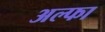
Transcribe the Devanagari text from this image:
अल्‍फा